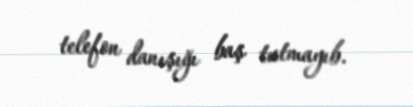
telefon danışığı baş tutmayıb.